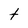
Character: t